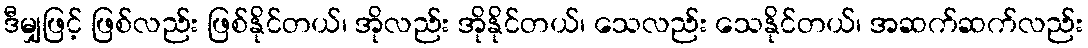
ဒီမျှဖြင့် ဖြစ်လည်း ဖြစ်နိုင်တယ်၊ အိုလည်း အိုနိုင်တယ်၊ သေလည်း သေနိုင်တယ်၊ အဆက်ဆက်လည်း